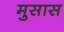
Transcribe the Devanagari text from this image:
मुसास